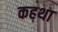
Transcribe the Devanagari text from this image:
कहथा